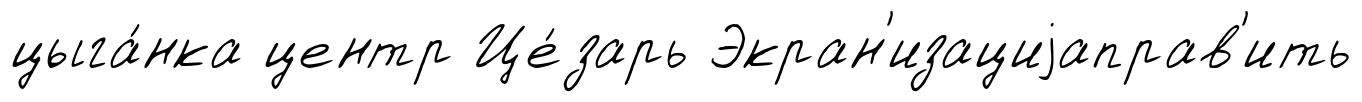
цыга́нка центр Це́зарь Экран'изациjаправ'ить